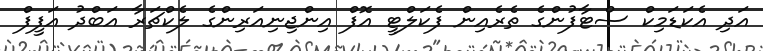
އަދި އެކަޑަމިކް ސްޓާފުންގެ ތެރެއިން ފެކަލްޓީ އޮފް އިންޖިނިއަރިންގެ ލެކްޗަރާ އަބްދު އަފީފް